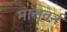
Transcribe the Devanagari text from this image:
मालवर्न